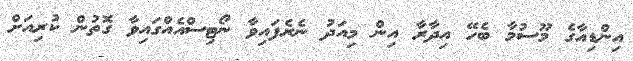
އިންޑިއާގެ މޫސުމާ ބެހޭ އިދާރާ އިން މިއަދު ނެރެފައިވާ ނޯޓިސްއެއްގައިވާ ގޮތުން ކުރިއަށް